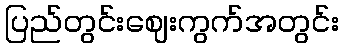
ပြည်တွင်းဈေးကွက်အတွင်း